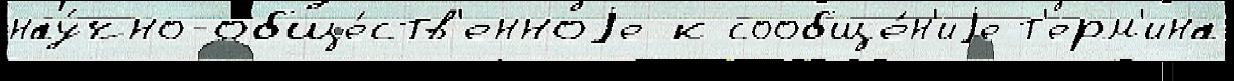
нау́чно-обще́ств'енноjе к сообще́н'иjе т'ерм'ина